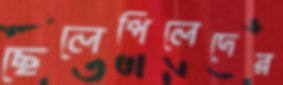
ছেলেপিলেদের